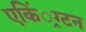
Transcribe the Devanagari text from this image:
एकिं्रग्टन